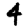
Digit: 4